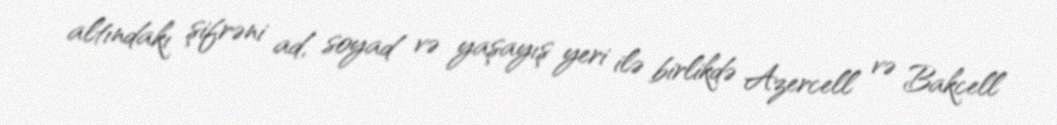
altındakı şifrəni ad, soyad və yaşayış yeri ilə birlikdə Azercell və Bakcell